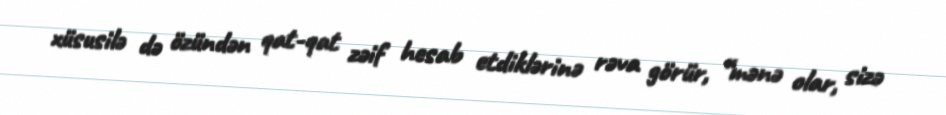
xüsusilə də özündən qat-qat zəif hesab etdiklərinə rəva görür, “mənə olar, sizə